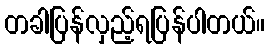
တခါပြန်လှည့်ရပြန်ပါတယ်။